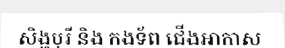
សិង្ហបុរី និង កងទ័ព ជើងអាកាស